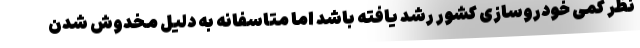
نظر کمی خودروسازی کشور رشد یافته باشد اما متاسفانه به دلیل مخدوش شدن